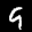
Label: 9